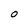
Character: O